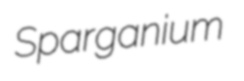
Sparganium